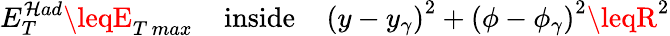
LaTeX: E_{T}^{\mathcal{H}ad}\leqE_{T\, max}\; \; \; \; \mathrm{{inside}}\; \; \; \; \left(y-y_{\gamma}\right)^{2}+\left(\phi-\phi_{\gamma}\right)^{2}\leqR^{2}